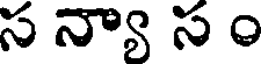
స న్యా స ం